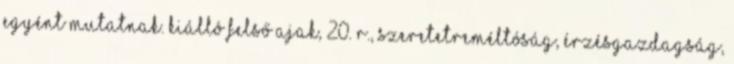
egyént mutatnak. Kiálló felső ajak, 20. r., szeretetreméltóság, érzésgazdagság,